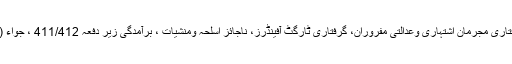
دوران میٹنگ ہر تفتیشی افسر سے فرداً فرداً سنگین مقدمات کی یکسوئی، گرفتاری مجرمان اشتہاری وعدالتی مفروران، گرفتاری ٹارگٹ آفینڈرز، ناجائز اسلحہ ومنشیات ، برآمدگی زیر دفعہ 411/412 ، جواء (قمار بازی) کاروائی انسداری اورگرفتاری گینگ کے متعلق ڈسکس کی گئی۔